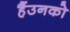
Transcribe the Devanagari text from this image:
हैंउनको